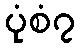
ပုံစံ၇